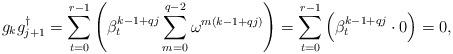
LaTeX: \begin{align*}g_kg_{j+1}^\dagger=\sum_{t=0}^{r-1}\left(\beta_t^{k-1+qj}\sum_{m=0}^{q-2} \omega ^{m(k-1+qj)}\right)=\sum_{t=0} ^{r-1} \left(\beta_t^{k-1+qj}\cdot 0 \right)=0,\end{align*}